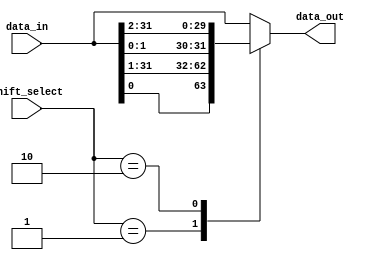
module Circular_Barrel_Shifter(
    input [31:0] data_in,
    input [4:0] shift_select,
    output reg [31:0] data_out
);

always @(*) begin
    case(shift_select)
        5'b00000: data_out = data_in; // No shift
        5'b00001: data_out = {data_in[0], data_in[31:1]}; // Circular shift right by 1
        5'b00010: data_out = {data_in[1:0], data_in[31:2]}; // Circular shift right by 2
        // Add more cases for additional shift amounts
        default: data_out = data_in; // No shift
    endcase
end

endmodule